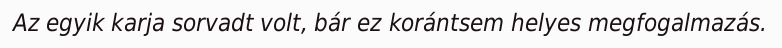
Az egyik karja sorvadt volt, bár ez korántsem helyes megfogalmazás.